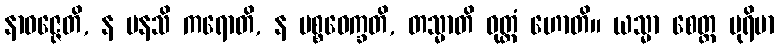
နာဝဇ္ဇေတိ, န မနသိ ကရောတိ, န ပစ္စဝေက္ခတိ, တသ္မာတိ ဝုတ္တံ ဟောတိ။ ယသ္မာ စေတ္ထ ပုရိမာ